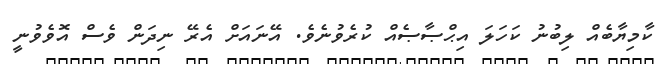
ކާމިޔާބެއް ލިބުނު ކަހަލަ އިޙްޞާޞެއް ކުރެވުނެވެ. އޭނައަށް އެރޭ ނިދަން ވެސް އޮވެވުނީ